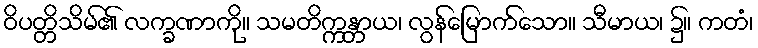
ဝိပတ္တိသိမ်၏ လက္ခဏာကို။ သမတိက္ကန္တာယ၊ လွန်မြောက်သော။ သီမာယ၊ ၌။ ကတံ၊